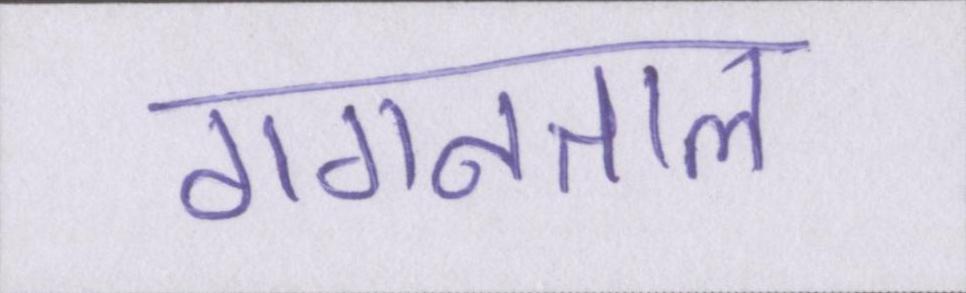
गगनताल